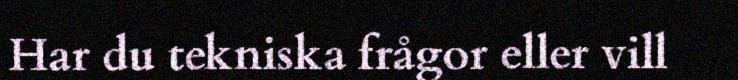
Har du tekniska frågor eller vill